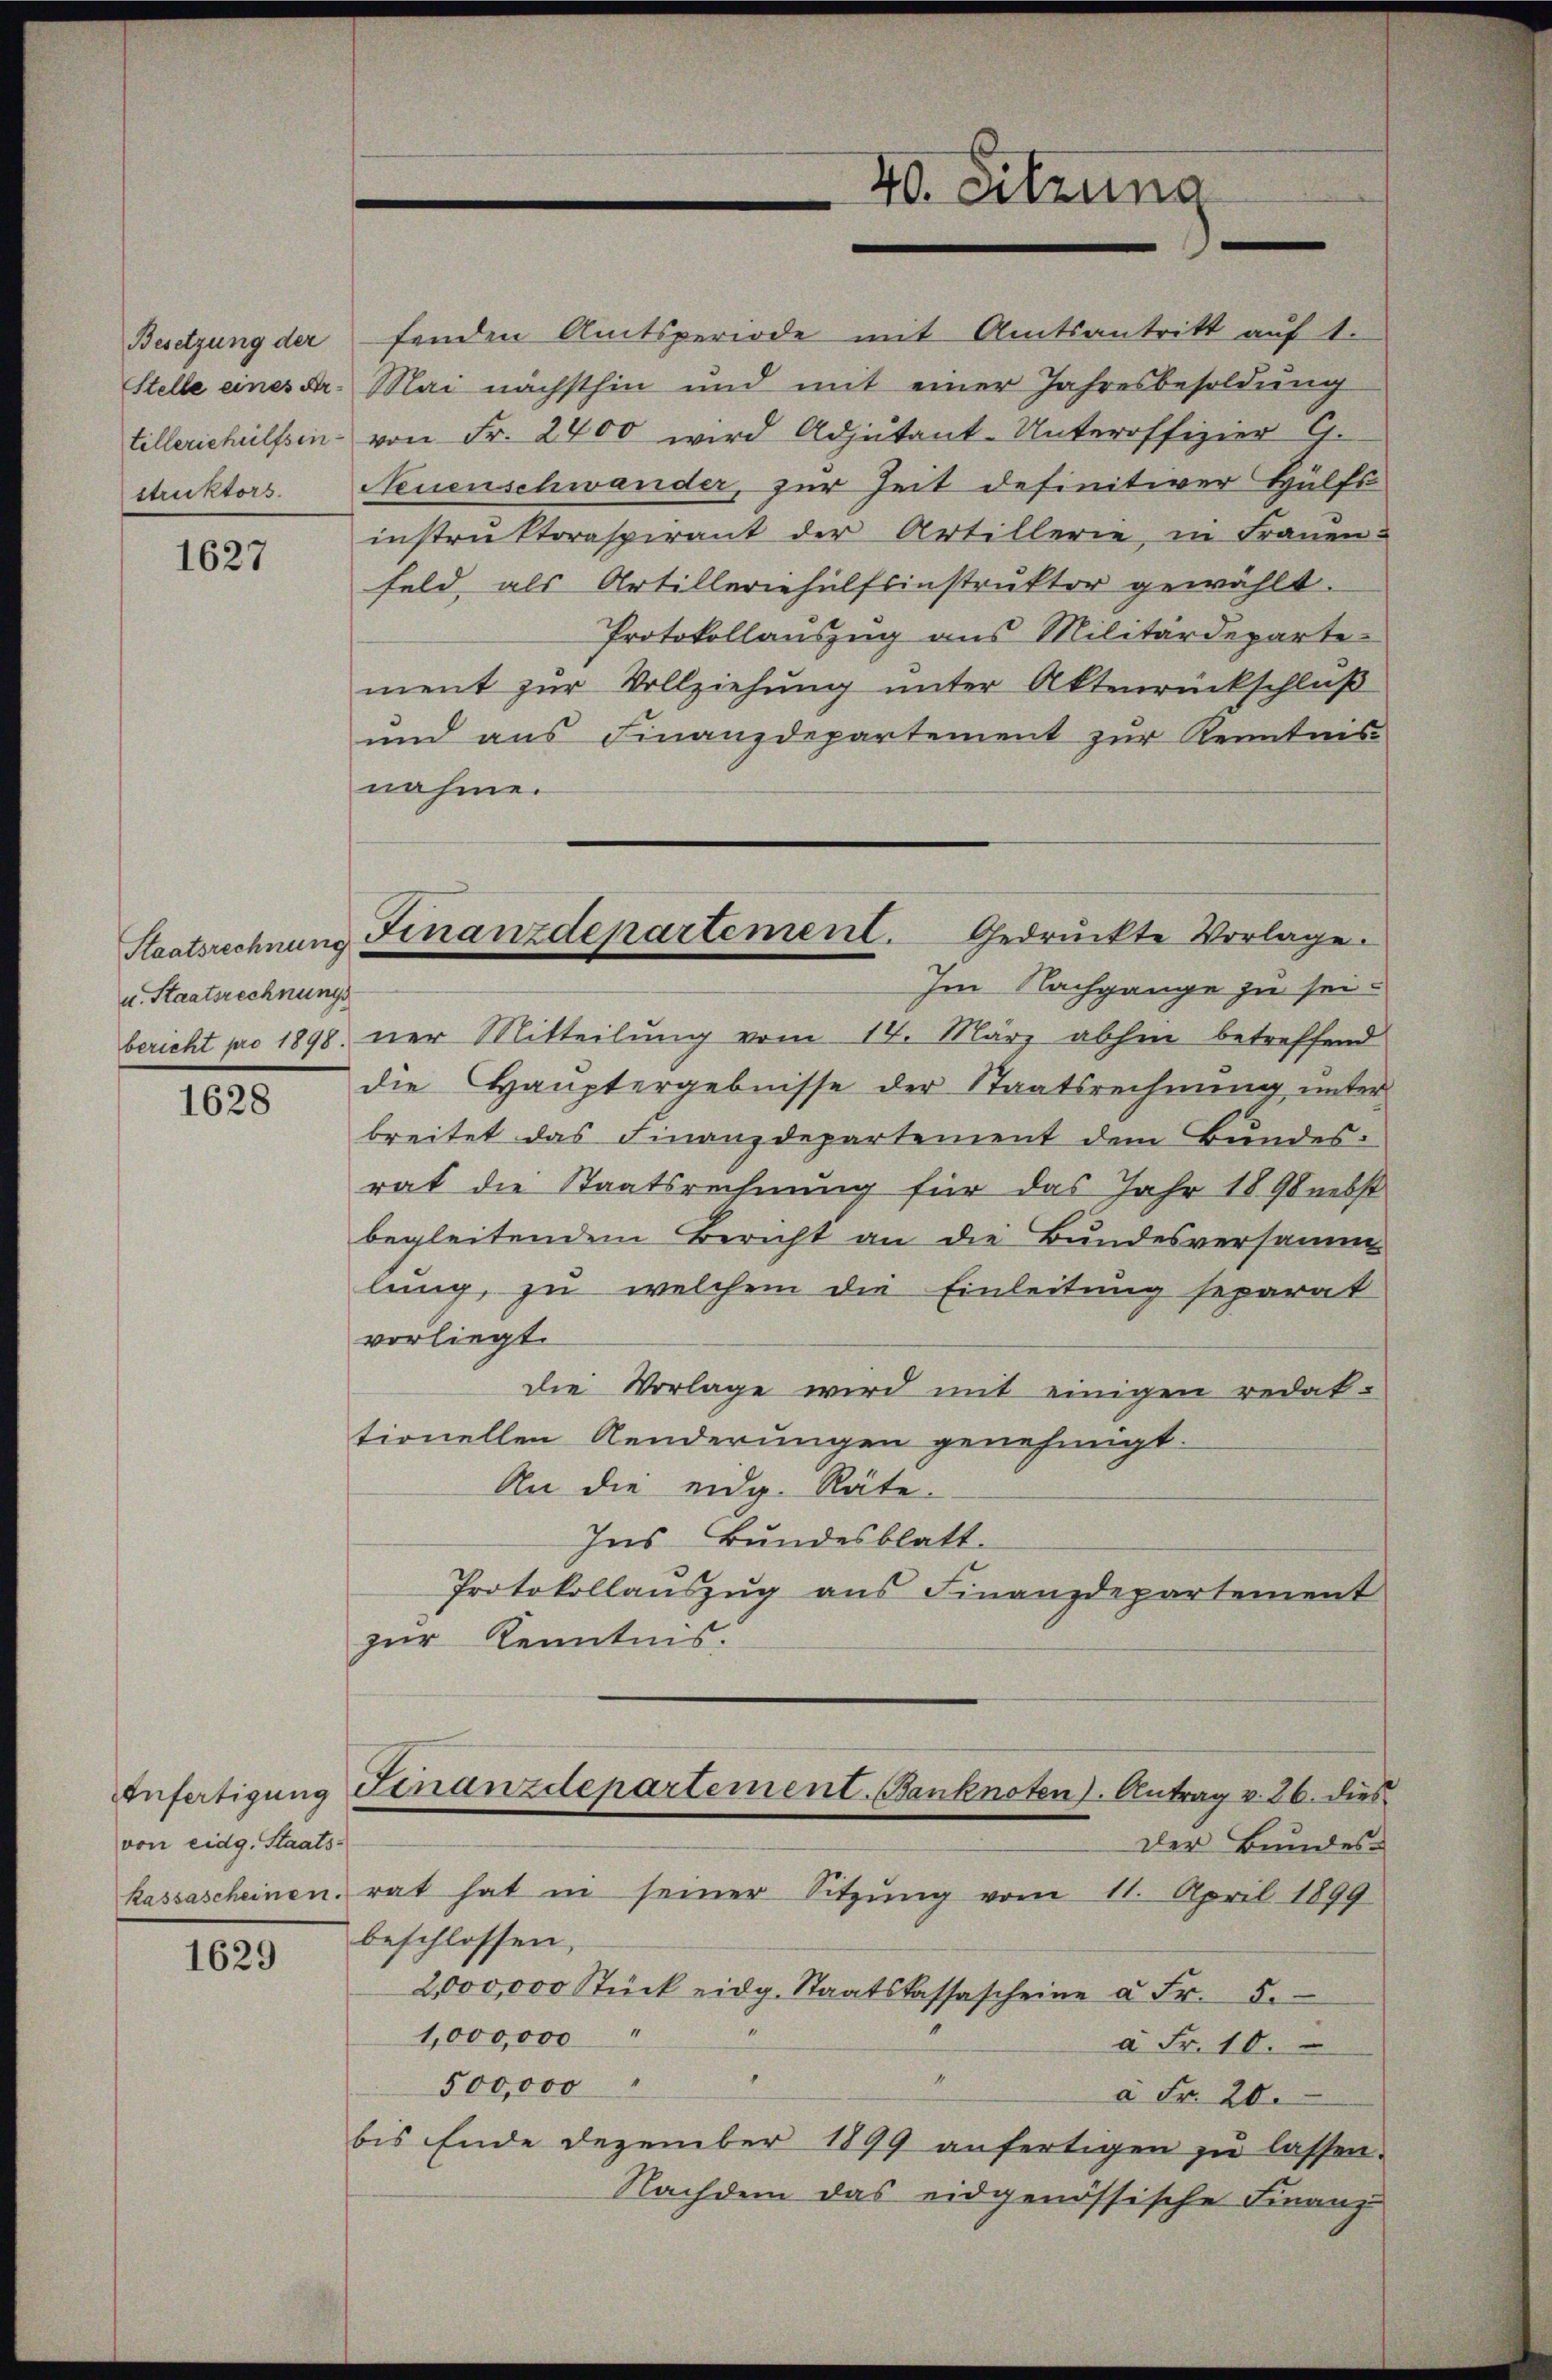
Besetzung der
Stelle eines Artilleriehülfsin.
struktors.

1627

u. Staatsrechnungs

1628

von eidg. Staats-

1629

fenden Amtsperiode mit Amtsantritt auf 1.
Mai nächsthin und mit einer Jahresbesoldung
von Fr. 2400 wird Adjutant-Unteroffizier C.
Neuenschwander, zur Zeit definitiver Hülfs
instruktoraspirant der Artillerie, in Frauen-
feld, als Artilleriehülfsinstruktor gewählt.
Protokollauszug aus Militärdeparte-
ment zur Vollziehung unter Aktenrückschluß
und aus Finanzdepartement zur Kenntnis
nahme.
bericht pro 1898 ner Mitteilŭng vom 14. März abhin betreffend
die Hauptergebnisse der Staatsrechnung unter
breitet das Finanzdepartement dem Bundesrat die Staatsrechnung für das Jahr 1890 nebst
begleitendem Bericht an die Bundesversamm
lung, zu welchem die Einleitung separat
vorliegt.
die Vorlage wird mit einigen redak-
tionellen Aenderungen genehmigt.
An die eidg. Räte.
Ins Bundesblatt.
Protokollauszug aus Finanzdepartement
zur Kenntnis.
Anfertigŭng Sinanzdepartement. Banknoten). Antrag v. 26. dies
Der Bundes-
kassascheinen rat hat in seiner Sitzŭng vom 11. April 1899
beschlossen,
2,000,000 Stück eidg. Staatskassascheine à Fr. 5.
1,000,000
à Fr. 10.
4
500,000
à Fr. 20.
bis Ende dezember 1899 anfertigen zŭ lassen.
Nachdem das eidgenössische Finanz-

40. Sitzung

Staatsrechnung Finanzdepartement. Gedrückte Vorlage.
Im Nachgange zu sei¬